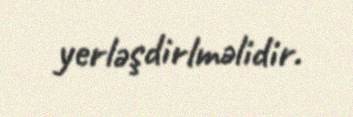
yerləşdirlməlidir.